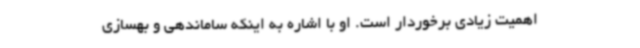
اهمیت زیادی برخوردار است. او با اشاره به اینکه ساماندهی و بهسازی